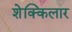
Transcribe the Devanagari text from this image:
शेक्किलार